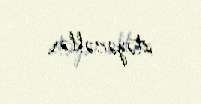
istəyəcəklər.